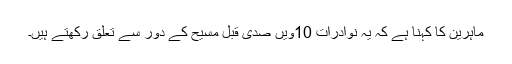
ماہرین کا کہنا ہے کہ یہ نوادرات 10ویں صدی قبل مسیح کے دور سے تعلق رکھتے ہیں۔